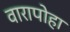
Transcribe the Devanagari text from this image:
वारापोहा